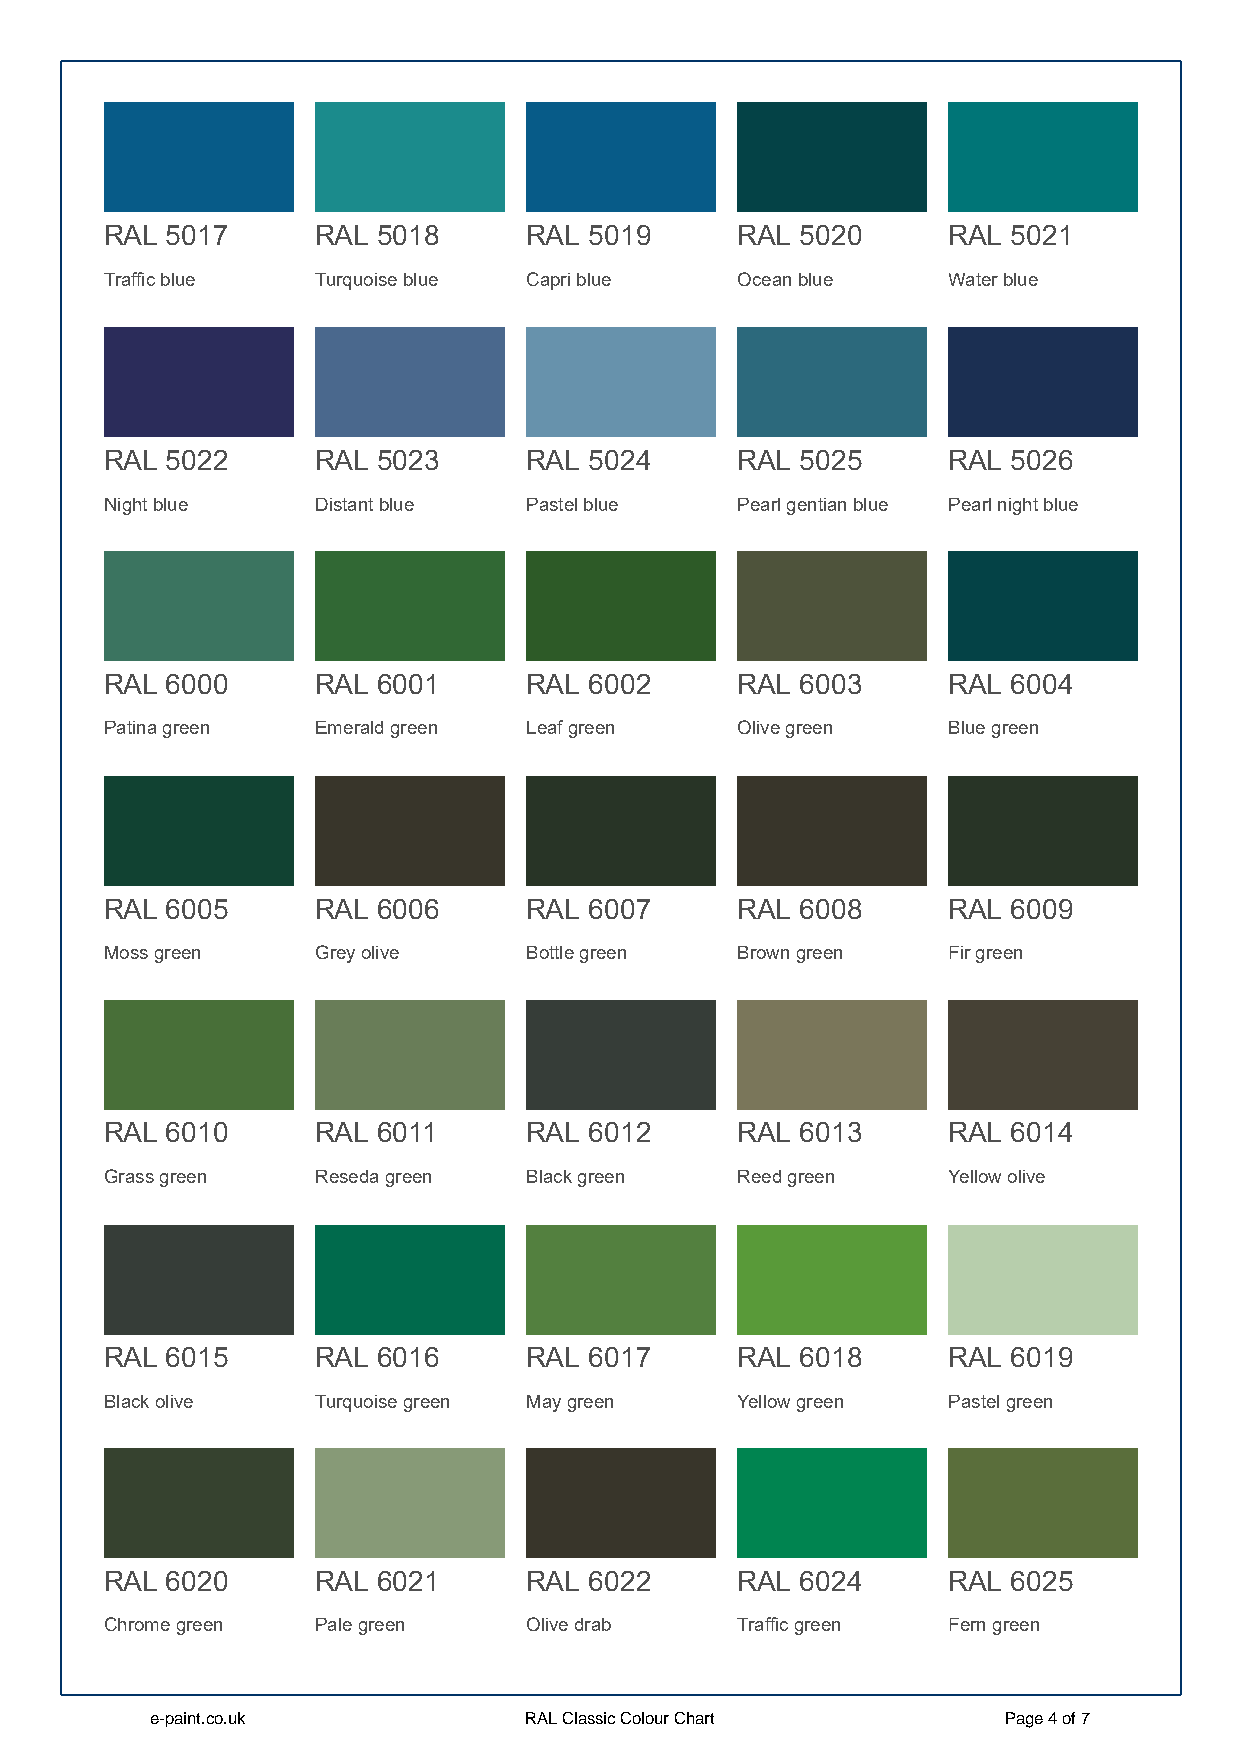
RAL 5017      RAL 5018      RAL 5019      RAL 5020      RAL 5021
 Traffic blue  Turquoise blue Capri blue   Ocean blue    Water blue
 RAL 5022      RAL 5023      RAL 5024      RAL 5025      RAL 5026
 Night blue    Distant blue  Pastel blue   Pearl gentian blue Pearl night blue
 RAL 6000      RAL 6001      RAL 6002      RAL 6003      RAL 6004
 Patina green  Emerald green Leaf green    Olive green   Blue green
 RAL 6005      RAL 6006      RAL 6007      RAL 6008      RAL 6009
 Moss green    Grey olive    Bottle green  Brown green   Fir green
 RAL 6010      RAL 6011      RAL 6012      RAL 6013      RAL 6014
 Grass green   Reseda green  Black green   Reed green    Yellow olive
 RAL 6015      RAL 6016      RAL 6017      RAL 6018      RAL 6019
 Black olive   Turquoise green May green   Yellow green  Pastel green
 RAL 6020      RAL 6021      RAL 6022      RAL 6024      RAL 6025
 Chrome green  Pale green    Olive drab    Traffic green Fern green
 e-paint.co.uk            RAL Classic Colour Chart       Page 4 of 7